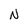
Character: N